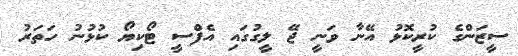
ސީޒަންގެ ކުރީކޮޅު އޭނާ ވަނީ ޖޭ ލީގުގައި އެފްސީ ޓޯކިޔޯ ކުޅުނު ހަތަރު